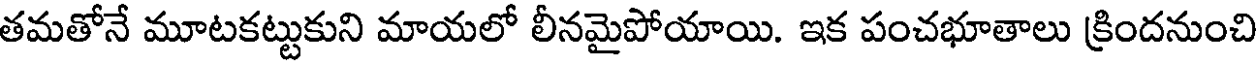
తమతోనే మూటకట్టుకుని మాయలో లీనమైపోయాయి. ఇక పంచభూతాలు క్రిందనుంచి